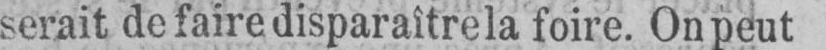
serait de faire disparaître la foire. On peut